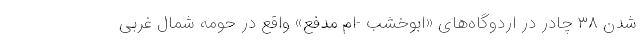
شدن ۳۸ چادر در اردوگاه‌های «ابوخشب -‌ام مدفع» واقع در حومه شمال غربی